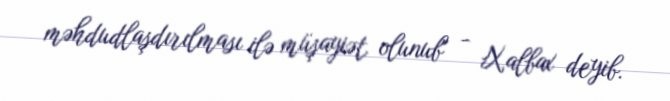
məhdudlaşdırılması ilə müşayiət olunub" - Xalbax deyib.